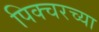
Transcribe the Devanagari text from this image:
पिक्चरच्या